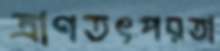
ত্রাণতৎপরতা